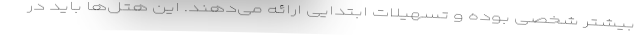
بیشتر شخصی بوده و تسهیلات ابتدایی ارائه می‌دهند. این هتل‌ها باید در